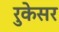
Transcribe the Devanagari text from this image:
रुकेसर